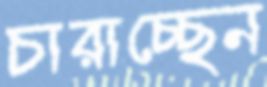
চারাচ্ছেন